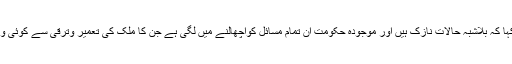
موصوف نے کہا کہ بلاشبہ حالات نازک ہیں اور موجودہ حکومت ان تمام مسائل کواچھالنے میں لگی ہے جن کا ملک کی تعمیر وترقی سے کوئی واسطہ نہیں ہے۔